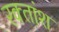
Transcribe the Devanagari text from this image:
रक्‍तांश